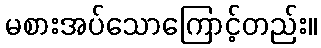
မစားအပ်သောကြောင့်တည်း။